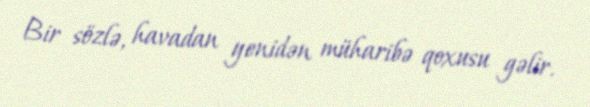
Bir sözlə, havadan yenidən müharibə qoxusu gəlir.